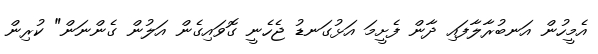
އެމީހުން އަނބުރާލާފައި ދާން ފެށީމަ އަޅުގަނޑު ޖެހެނީ ގޮވައިގެން އަލުން ގެންނަން" ކުރިން